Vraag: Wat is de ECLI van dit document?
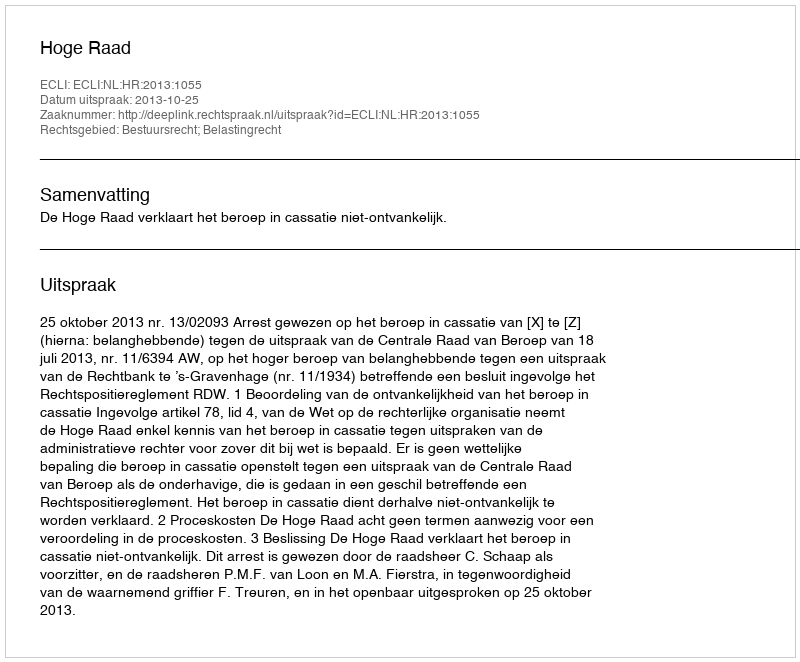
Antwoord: ECLI:NL:HR:2013:1055